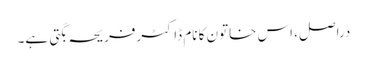
دراصل، اس خاتون کا نام ڈاکٹرفریحہ بگتی ہے۔